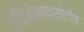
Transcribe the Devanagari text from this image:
रेडिओआयसोटोप